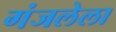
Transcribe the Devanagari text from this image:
गंजलेला